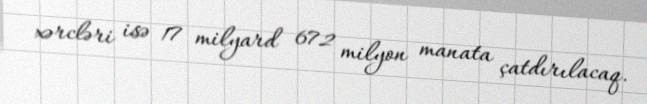
xərcləri isə 17 milyard 672 milyon manata çatdırılacaq.